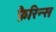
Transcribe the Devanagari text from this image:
फ़ैरिन्स